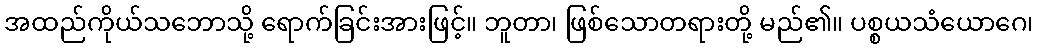
အထည်ကိုယ်သဘောသို့ ရောက်ခြင်းအားဖြင့်။ ဘူတာ၊ ဖြစ်သောတရားတို့ မည်၏။ ပစ္စယသံယောဂေ၊